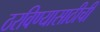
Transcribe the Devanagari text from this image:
ठरविण्यासाठीची